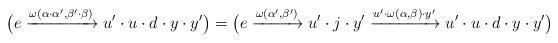
LaTeX: \begin{align*} \big(e\xrightarrow{\omega(\alpha\cdot{}\alpha',\beta'\cdot{}\beta)}u'\cdot{}u\cdot{}d\cdot{}y\cdot{}y'\big) =\big( e\xrightarrow{\omega(\alpha',\beta')}u'\cdot{}j\cdot{}y' \xrightarrow{u'\cdot{}\omega(\alpha,\beta)\cdot{}y'}u'\cdot{}u\cdot{}d\cdot{}y\cdot{}y'\big)\end{align*}